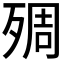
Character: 𱥑